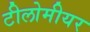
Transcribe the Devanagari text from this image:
टीलोमीयर